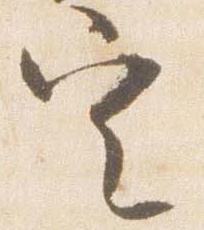
定